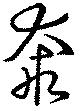
奔